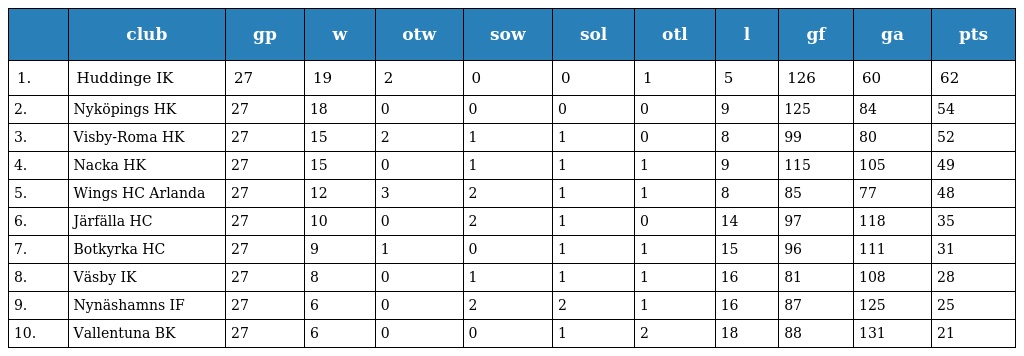
|  | club | gp | w | otw | sow | sol | otl | l | gf | ga | pts |
 | --- | --- | --- | --- | --- | --- | --- | --- | --- | --- | --- | --- |
 | 1. | Huddinge IK | 27 | 19 | 2 | 0 | 0 | 1 | 5 | 126 | 60 | 62 |
 | 2. | Nyköpings HK | 27 | 18 | 0 | 0 | 0 | 0 | 9 | 125 | 84 | 54 |
 | 3. | Visby-Roma HK | 27 | 15 | 2 | 1 | 1 | 0 | 8 | 99 | 80 | 52 |
 | 4. | Nacka HK | 27 | 15 | 0 | 1 | 1 | 1 | 9 | 115 | 105 | 49 |
 | 5. | Wings HC Arlanda | 27 | 12 | 3 | 2 | 1 | 1 | 8 | 85 | 77 | 48 |
 | 6. | Järfälla HC | 27 | 10 | 0 | 2 | 1 | 0 | 14 | 97 | 118 | 35 |
 | 7. | Botkyrka HC | 27 | 9 | 1 | 0 | 1 | 1 | 15 | 96 | 111 | 31 |
 | 8. | Väsby IK | 27 | 8 | 0 | 1 | 1 | 1 | 16 | 81 | 108 | 28 |
 | 9. | Nynäshamns IF | 27 | 6 | 0 | 2 | 2 | 1 | 16 | 87 | 125 | 25 |
 | 10. | Vallentuna BK | 27 | 6 | 0 | 0 | 1 | 2 | 18 | 88 | 131 | 21 |